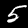
Label: 5